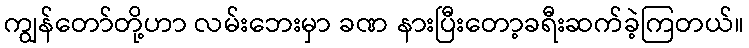
ကျွန်တော်တို့ဟာ လမ်းဘေးမှာ ခဏ နားပြီးတော့ခရီးဆက်ခဲ့ကြတယ်။